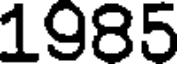
1985